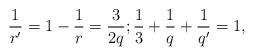
LaTeX: \begin{align*} \frac 1 {r'} = 1-\frac 1 r =\frac 3 {2q};\frac 1 3+\frac 1 q+\frac 1 {q'} = 1,\end{align*}